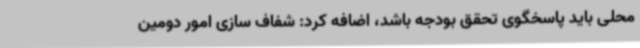
محلی باید پاسخگوی تحقق بودجه باشد، اضافه کرد: شفاف سازی امور دومین